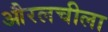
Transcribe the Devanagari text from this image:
औरलचीला